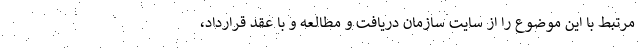
مرتبط با این موضوع را از سایت سازمان دریافت و مطالعه و با عقد قرارداد،